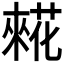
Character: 𰱷